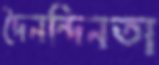
দৈনন্দিনতা